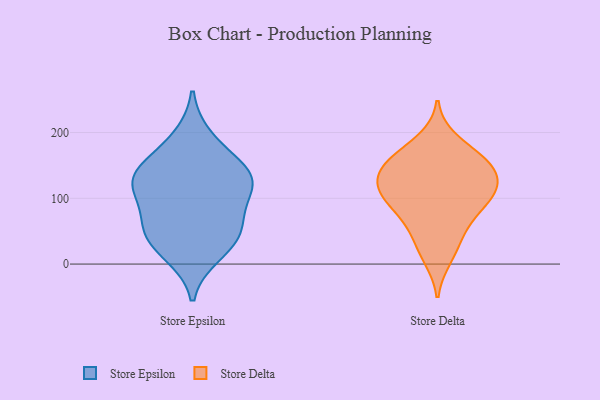
{"axis": {"x": "Market Share (%)", "y": "Value"}, "legend": ["Store Delta", "Store Epsilon"], "data": [{"x": "", "y": 128, "type": "Store Epsilon"}, {"x": "", "y": 30, "type": "Store Epsilon"}, {"x": "", "y": 155, "type": "Store Epsilon"}, {"x": "", "y": 61, "type": "Store Epsilon"}, {"x": "", "y": 117, "type": "Store Epsilon"}, {"x": "", "y": 62, "type": "Store Epsilon"}, {"x": "", "y": 50, "type": "Store Epsilon"}, {"x": "", "y": 143, "type": "Store Epsilon"}, {"x": "", "y": 15, "type": "Store Epsilon"}, {"x": "", "y": 124, "type": "Store Epsilon"}, {"x": "", "y": 111, "type": "Store Epsilon"}, {"x": "", "y": 192, "type": "Store Epsilon"}, {"x": "", "y": 10, "type": "Store Delta"}, {"x": "", "y": 146, "type": "Store Delta"}, {"x": "", "y": 58, "type": "Store Delta"}, {"x": "", "y": 148, "type": "Store Delta"}, {"x": "", "y": 104, "type": "Store Delta"}, {"x": "", "y": 103, "type": "Store Delta"}, {"x": "", "y": 67, "type": "Store Delta"}, {"x": "", "y": 108, "type": "Store Delta"}, {"x": "", "y": 112, "type": "Store Delta"}, {"x": "", "y": 130, "type": "Store Delta"}, {"x": "", "y": 94, "type": "Store Delta"}, {"x": "", "y": 161, "type": "Store Delta"}, {"x": "", "y": 162, "type": "Store Delta"}, {"x": "", "y": 188, "type": "Store Delta"}, {"x": "", "y": 141, "type": "Store Delta"}, {"x": "", "y": 30, "type": "Store Delta"}]}